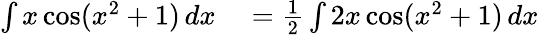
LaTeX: \begin{array}{rl}{\int x\cos(x^{2}+1)\, dx}&{{}={\frac{1}{2}}\int 2x\cos(x^{2}+1)\, dx}\end{array}